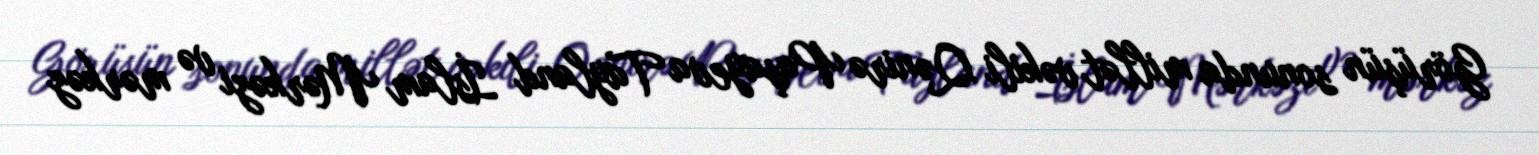
Görüşün sonunda millət vəkili Qənirə Paşayeva Tayland İslam Mərkəzi və mərkəz